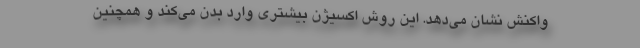
واکنش نشان می‌دهد. این روش اکسیژن بیشتری وارد بدن می‌کند و همچنین